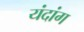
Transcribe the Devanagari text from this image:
यंदांग